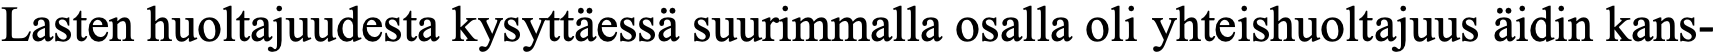
Lasten huoltajuudesta kysyttäessä suurimmalla osalla oli yhteishuoltajuus äidin kans-